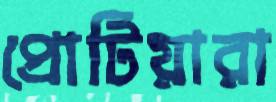
প্রোটিয়ারা